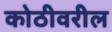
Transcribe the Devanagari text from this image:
कोठीवरील